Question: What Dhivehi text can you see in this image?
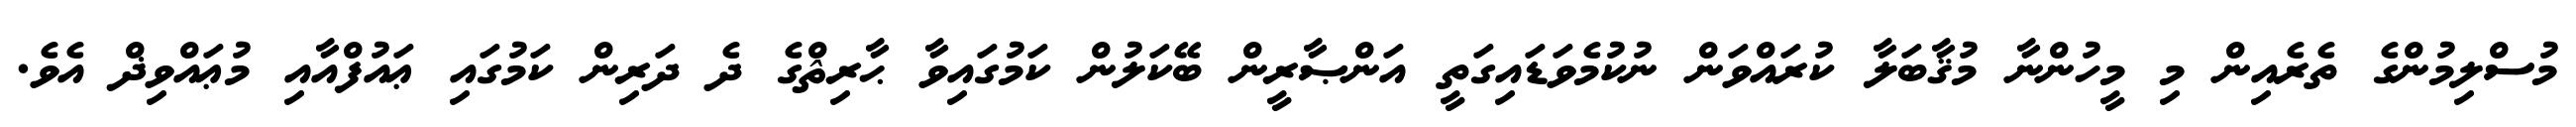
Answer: މުސްލިމުންގެ ތެރެއިން މި މީހުންނާ މުޤާބަލާ ކުރައްވަން ނުކުމެވަޑައިގަތީ އަންޞާރީން ބޭކަލުން ކަމުގައިވާ ޙާރިޘްގެ ދެ ދަރިން ކަމުގައި ޢައުފްއާއި މުޢައްވިޛް އެވެ.